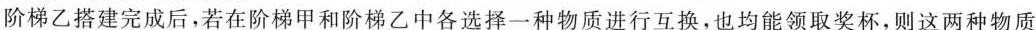
阶梯乙搭建完成后，若在阶梯甲和阶梯乙中各选择一种物质进行互换，也均能领取奖杯，则这两种物质是